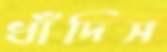
ধাঁদিস